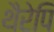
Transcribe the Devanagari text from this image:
थैरेपि